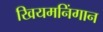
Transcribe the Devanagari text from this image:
खियमनिंगान